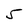
Character: 5